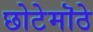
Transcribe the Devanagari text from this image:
छोटेमॊठे